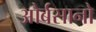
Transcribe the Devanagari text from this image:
ओर्बसानो